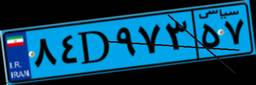
۷۳D۵۸۴۰۲